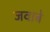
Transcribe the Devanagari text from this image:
जवाबे